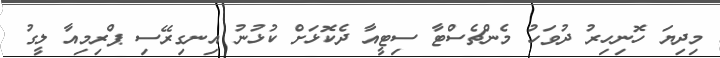
މިދިޔަ ހޮނިހިރު ދުވަހު މެންޗެސްޓާ ސިޓީއާ ދެކޮޅަށް ކުޅުނު އިނގިރޭސި ޕްރިމިއާ ލީގު